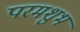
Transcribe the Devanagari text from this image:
परमशुभ